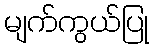
မျက်ကွယ်ပြု